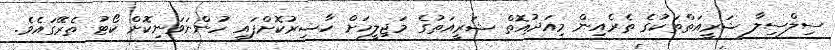
ސިލްސިލާ ޝަރީއަތްތަކުގެ ތެރެއިން މިއަދުއޮތް ޝަރީއަތުގެ މަޖިލީހަށް ހާޟިރުކޮށްފައި ހުންނަވަނިކޮށް ކޯޓު ތެރޭގައެވެ.